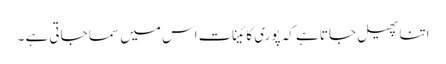
اتنا پھیل جاتا ہے کہ پوری کائینات اس میں سما جاتی ہے ۔